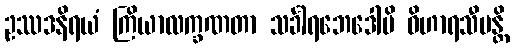
ဥဿဒနိရယံ ကြိယာလက္ခဏတာ သင်္ခါရဘေဒေါပိ ဝိဟာရသီမန္တိ